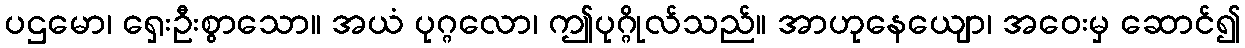
ပဌမော၊ ရှေးဦးစွာသော။ အယံ ပုဂ္ဂလော၊ ဤပုဂ္ဂိုလ်သည်။ အာဟုနေယျော၊ အဝေးမှ ဆောင်၍